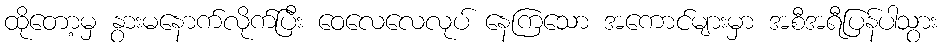
ထိုတော့မှ နွားမနောက်လိုက်ပြီး ဝေလေလေလုပ် နေကြသော အကောင်များမှာ အစီအရီပြန်ပါသွား